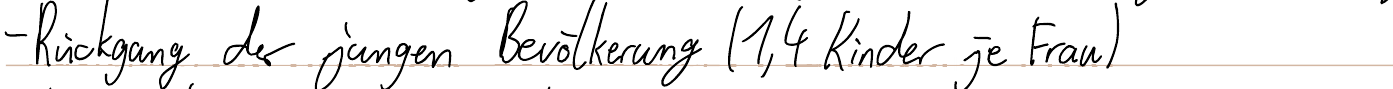
- Rückgang der jungen Bevölkerung (1,4 Kinder je Frau)